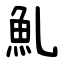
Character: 䰲